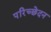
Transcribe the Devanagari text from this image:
परिच्छेदन